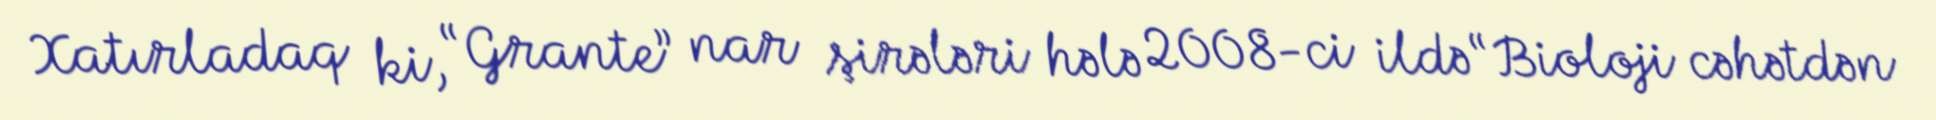
Xatırladaq ki, “Grante” nar şirələri hələ 2008-ci ildə “Bioloji cəhətdən